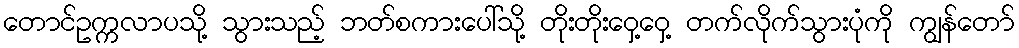
တောင်ဥက္ကလာပသို့ သွားသည့် ဘတ်စကားပေါ်သို့ တိုးတိုးဝှေ့ဝှေ့ တက်လိုက်သွားပုံကို ကျွန်တော်